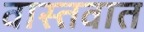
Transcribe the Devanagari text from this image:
वास्‍तवात